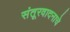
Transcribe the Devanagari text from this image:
संतूरवादनाचे